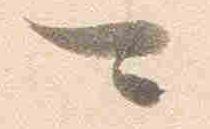
可